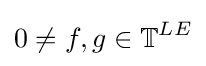
0\neq f,g\in \mathbb {T} ^{LE}